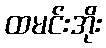
ထမင်းအိုး